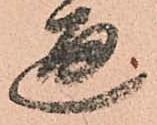
通